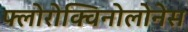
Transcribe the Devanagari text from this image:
फ्लोरोक्विनोलोनेस